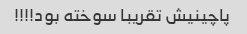
پاچینیش تقریبا سوخته بود!!!!